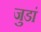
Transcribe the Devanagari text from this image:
जुडां